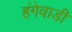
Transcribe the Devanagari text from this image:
हंगेवाडी